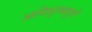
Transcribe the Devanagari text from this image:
आदिशुल्बसूत्रों